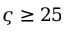
\varsigma \ge 2 5